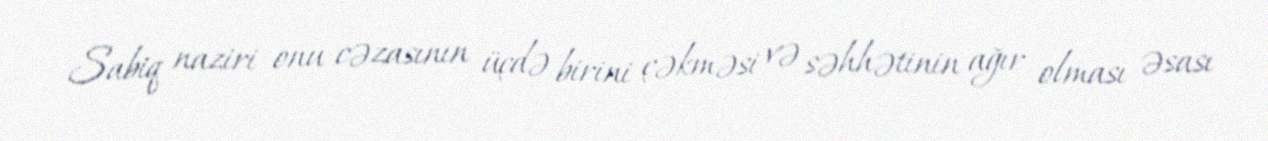
Sabiq naziri onu cəzasının üçdə birini çəkməsi və səhhətinin ağır olması əsası